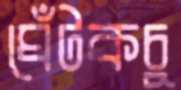
ঘেঁটকচু